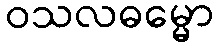
ဝသလဓမ္မော